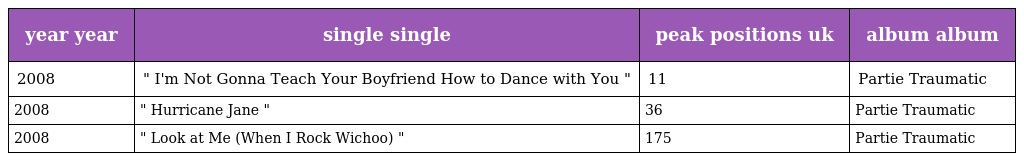
| year year | single single | peak positions uk | album album |
 | --- | --- | --- | --- |
 | 2008 | " I'm Not Gonna Teach Your Boyfriend How to Dance with You " | 11 | Partie Traumatic |
 | 2008 | " Hurricane Jane " | 36 | Partie Traumatic |
 | 2008 | " Look at Me (When I Rock Wichoo) " | 175 | Partie Traumatic |